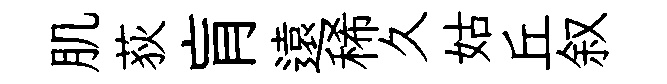
肌荻肓遠稀久姑丘叙